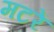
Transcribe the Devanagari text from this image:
मटरें